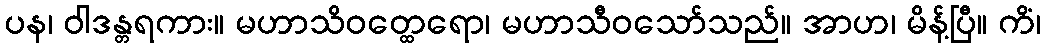
ပန၊ ဝါဒန္တရကား။ မဟာသိဝတ္ထေရော၊ မဟာသီဝသော်သည်။ အာဟ၊ မိန့်ပြီ။ ကိံ၊